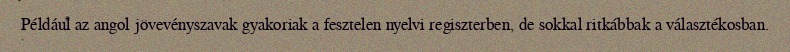
Például az angol jövevényszavak gyakoriak a fesztelen nyelvi regiszterben, de sokkal ritkábbak a választékosban.